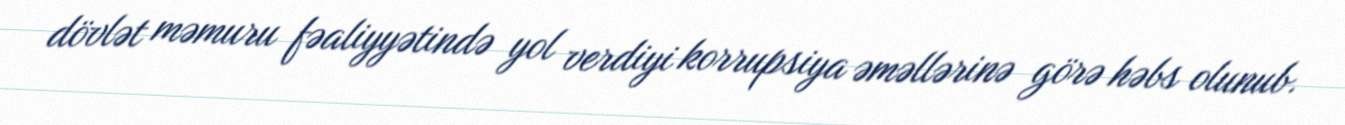
dövlət məmuru fəaliyyətində yol verdiyi korrupsiya əməllərinə görə həbs olunub.